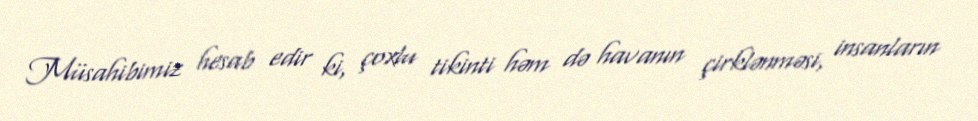
Müsahibimiz hesab edir ki, çoxlu tikinti həm də havanın çirklənməsi, insanların